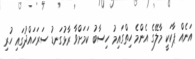
އަނެއް ޕާކަކީ މާލޭގެ އެންމެ ހިތްގައިމު ހިސާބު ކަމަށްވާ ރާޅުގަނޑު ސަރަހައްދުގައި ހުރި